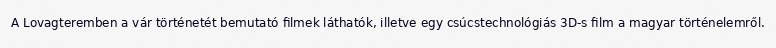
A Lovagteremben a vár történetét bemutató filmek láthatók, illetve egy csúcstechnológiás 3D-s film a magyar történelemről.